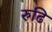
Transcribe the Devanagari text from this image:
रुढि